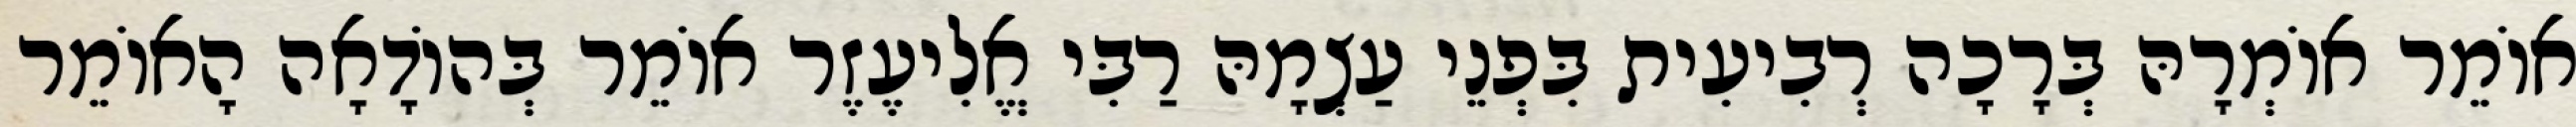
אוֹמֵר אוֹמְרָהּ בְּרָכָה רְבִיעִית בִּפְנֵי עַצְמָהּ רַבִּי אֱלִיעֶזֶר אוֹמֵר בְּהוֹדָאָה הָאוֹמֵר